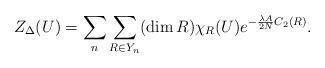
LaTeX: \begin{align*}Z_{\Delta}(U) = \sum_{n} \sum_{R\in Y_n} (\dim R)\chi_{R} (U)e^{-\frac{\lambda A}{2 N} C_2 (R)}.\end{align*}